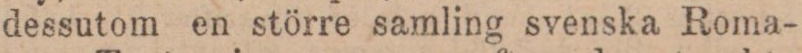
dessutom en större samling svenska Roma-